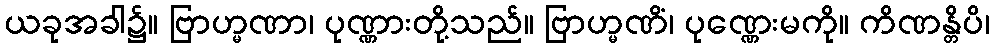
ယခုအခါ၌။ ဗြာဟ္မဏာ၊ ပုဏ္ဏားတို့သည်။ ဗြာဟ္မဏိံ၊ ပုဏ္ဏေးမကို။ ကိဏန္တိပိ၊